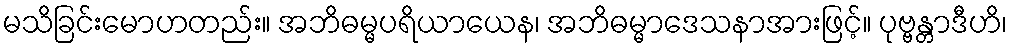
မသိခြင်းမောဟတည်း။ အဘိဓမ္မပရိယာယေန၊ အဘိဓမ္မာဒေသနာအားဖြင့်။ ပုဗ္ဗန္တာဒီဟိ၊